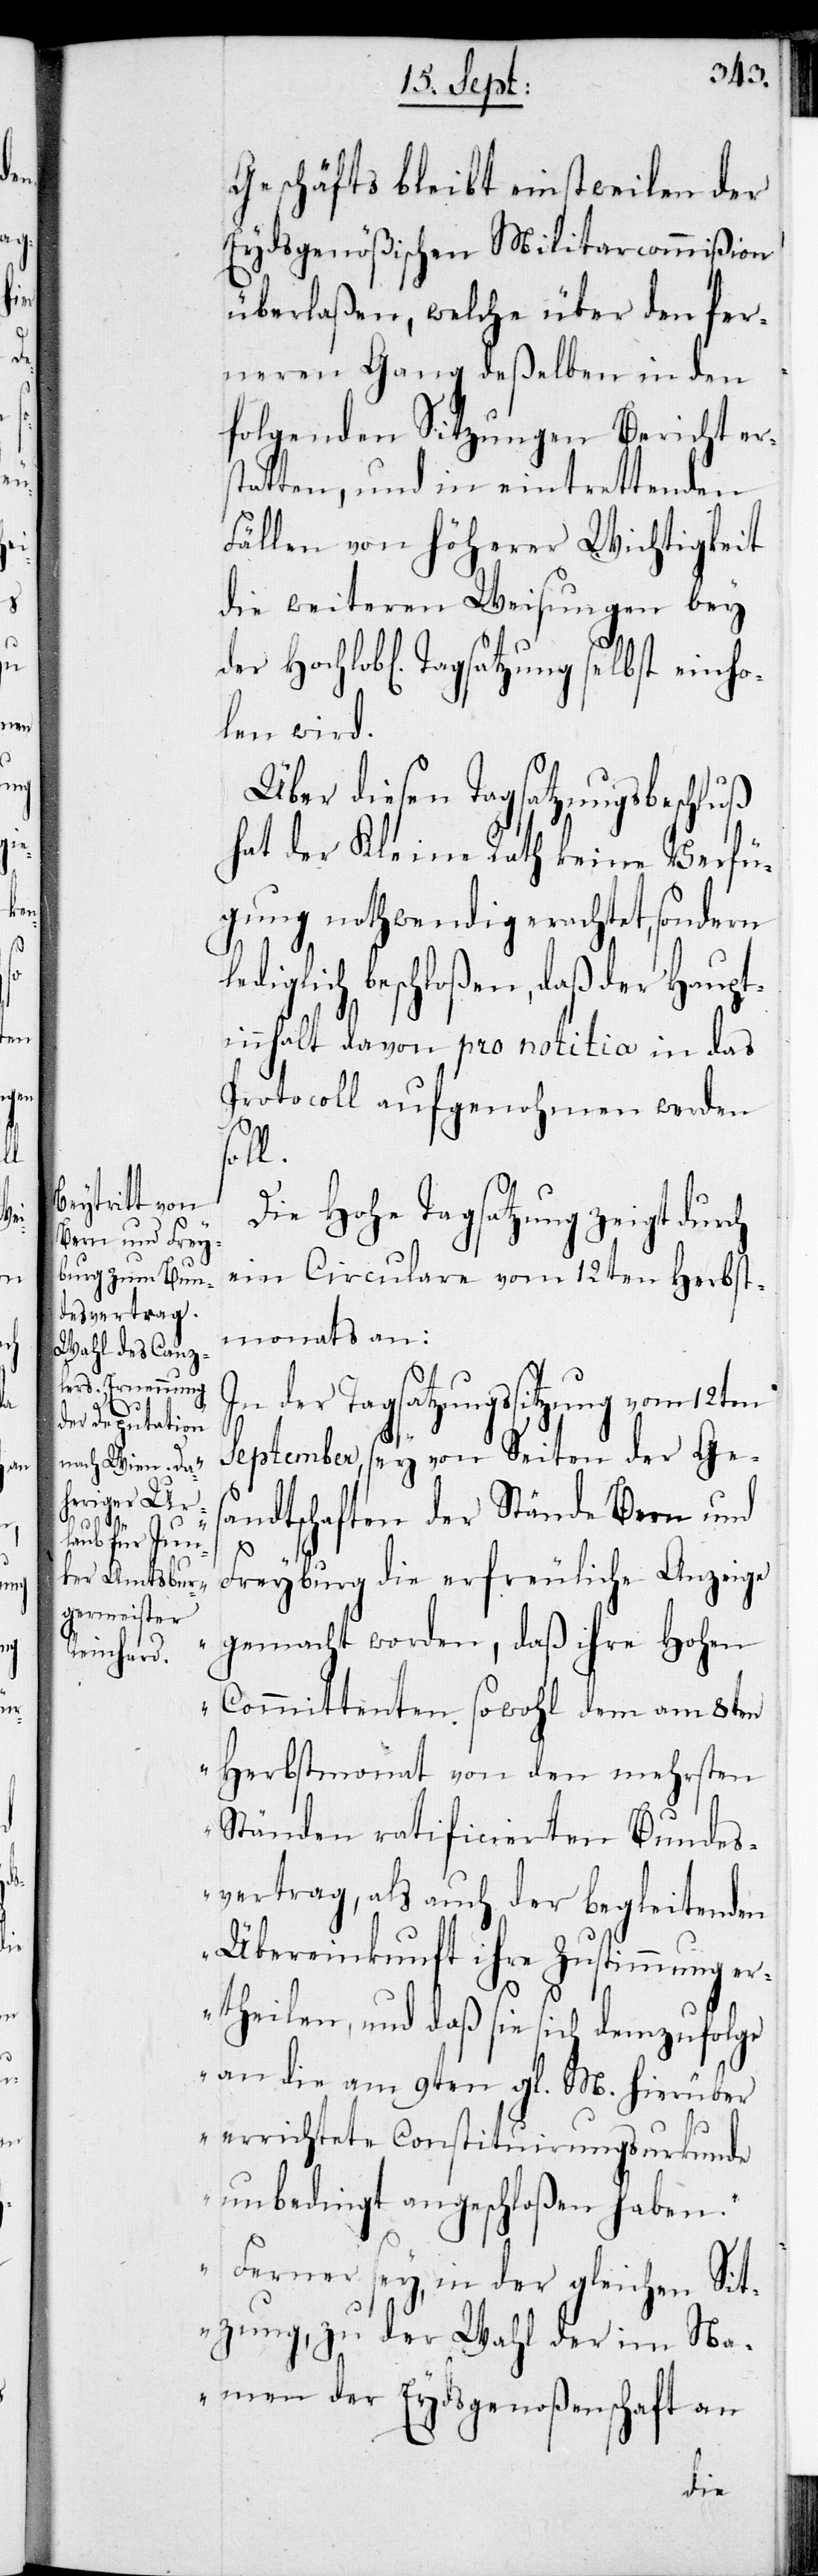
„I¬

der
einho¬

Geschäfts bleibt einstweilen der
Eydsgenößischen Militarcommißion
überlaßen, welche über den fer¬
neren Gang deßelben in den
folgenden Sitzungen Bericht er¬
statten, und in eintrettenden
Fällen von höherer Wichtigkeit
die weiteren Weisungen bey
len wird.
Über diesen Tagsatzungsbeschluß
hat der Kleine Rath keine Verfü¬
gung nothwendig erachtet, sondern
lediglich beschloßen, daß der Haupt¬
innhalt davon pro notitia in das
Protocoll aufgenohmen werden
l.
Die Hohe Tagsatzung zeigt dur¬
ein Circular vom 12ten Herbst¬
monat an:
n der Tagsatzungssitzung vom 12ten
September, sey von Seiten der Ges¬
andtschaften der Stände Bern und
ch
Freyburg die erfreuliche Anzeige
gemacht worden, daß ihre Hohen
Committenten sowohl dem am 8ten
Herbstmonat von den mehrsten
Ständen ratificierten Bundes¬
vertrag, als auch der begleitenden
Übereinkunft ihre Zustimmung er¬
theilen, und daß sie sich demzufolge
an die vom 9ten gl. M. hierüber
errichtete Constituirungsurkunde
unbedingt angeschloßen haben.
Ferner sey, in der gleichen Sit¬
zung, zu der Wahl der im Na¬
men der Eydsgenoßenschaft an